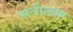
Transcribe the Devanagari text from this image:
सर्वप्रताम